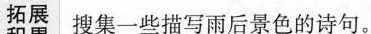
拓展 搜集一些描写雨后景色的诗句。